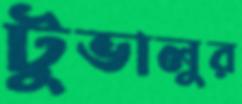
টুভালুর